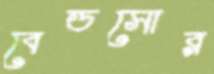
বেডসোর